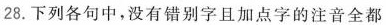
28.下列各句中，没有错别字且加点字的注音全都